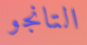
التانجو